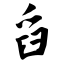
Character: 舀